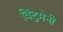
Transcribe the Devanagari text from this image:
विंटुमेनी